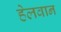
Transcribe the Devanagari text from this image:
हेलवान